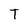
Character: T